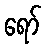
ရော်